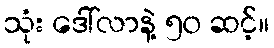
သုံး ဒေါ်လာနဲ့ ၅၀ ဆင့်။